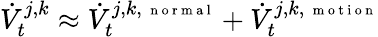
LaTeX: \dot{V}_{t}^{j,k}\approx\dot{V}_{t}^{j,k,\mathrm{~\scriptsize~n~o~r~m~a~l~}}+\dot{V}_{t}^{j,k,\mathrm{~\scriptsize~m~o~t~i~o~n~}}